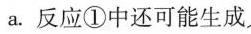
a。反应①中还可能生成